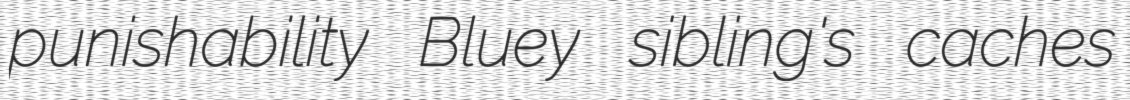
punishability Bluey sibling's caches